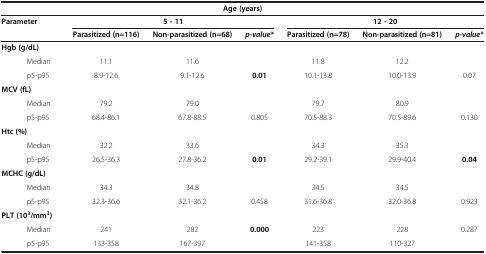
<table><thead><tr><td colspan="7"><b>Age (years)</b></td></tr><tr><td rowspan="2"><b>Parameter</b></td><td colspan="3"><b>5 - 11</b></td><td colspan="3"><b>12 - 20</b></td></tr><tr><td><b>Parasitized (n=116)</b></td><td><b>Non-parasitized (n=68)</b></td><td><b><i>p-value*</i></b></td><td><b>Parasitized (n=78)</b></td><td><b>Non-parasitized (n=81)</b></td><td><b><i>p-value*</i></b></td></tr></thead><tbody><tr><td><b>Hgb (g/dL)</b></td><td> </td><td> </td><td> </td><td> </td><td> </td><td> </td></tr><tr><td>Median</td><td>11.1</td><td>11.6</td><td> </td><td>11.8</td><td>12.2</td><td> </td></tr><tr><td>p5-p95</td><td>8.9-12.6</td><td>9.1-12.6</td><td><b>0.01</b></td><td>10.1-13.8</td><td>10.0-13.9</td><td>0.07</td></tr><tr><td><b>MCV (fL)</b></td><td> </td><td> </td><td> </td><td> </td><td> </td><td> </td></tr><tr><td>Median</td><td>79.2</td><td>79.0</td><td> </td><td>79.7</td><td>80.9</td><td> </td></tr><tr><td>p5-p95</td><td>68.4-86.1</td><td>67.8-88.5</td><td>0.805</td><td>70.5-88.3</td><td>70.5-89.6</td><td>0.130</td></tr><tr><td><b>Htc (%)</b></td><td> </td><td> </td><td> </td><td> </td><td> </td><td> </td></tr><tr><td>Median</td><td>32.2</td><td>33.6</td><td> </td><td>34.3</td><td>35.3</td><td> </td></tr><tr><td>p5-p95</td><td>26.5-36.3</td><td>27.8-36.2</td><td><b>0.01</b></td><td>29.2-39.1</td><td>29.9-40.4</td><td><b>0.04</b></td></tr><tr><td><b>MCHC (g/dL)</b></td><td> </td><td> </td><td> </td><td> </td><td> </td><td> </td></tr><tr><td>Median</td><td>34.3</td><td>34.8</td><td> </td><td>34.5</td><td>34.5</td><td> </td></tr><tr><td>p5-p95</td><td>32.3-36.6</td><td>32.1-36.2</td><td>0.458</td><td>31.6-36.8</td><td>32.0-36.8</td><td>0.923</td></tr><tr><td><b>PLT (10</b><sup><b>3</b></sup><b>/mm</b><sup><b>3</b></sup><b>)</b></td><td> </td><td> </td><td> </td><td> </td><td> </td><td> </td></tr><tr><td>Median</td><td>241</td><td>282</td><td><b>0.000</b></td><td>223</td><td>228</td><td>0.287</td></tr><tr><td>p5-p95</td><td>133-358</td><td>167-397</td><td> </td><td>141-358</td><td>110-327</td><td> </td></tr></tbody></table>